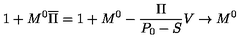
1 + M ^ { 0 } \overline { \Pi } = 1 + M ^ { 0 } - { \frac { \Pi } { P _ { 0 } - S } } V \to M ^ { 0 }